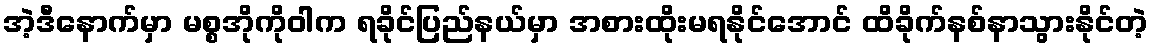
အဲ့ဒီနောက်မှာ မစ္စအိုကိုဝါက ရခိုင်ပြည်နယ်မှာ အစားထိုးမရနိုင်အောင် ထိခိုက်နစ်နာသွားနိုင်တဲ့